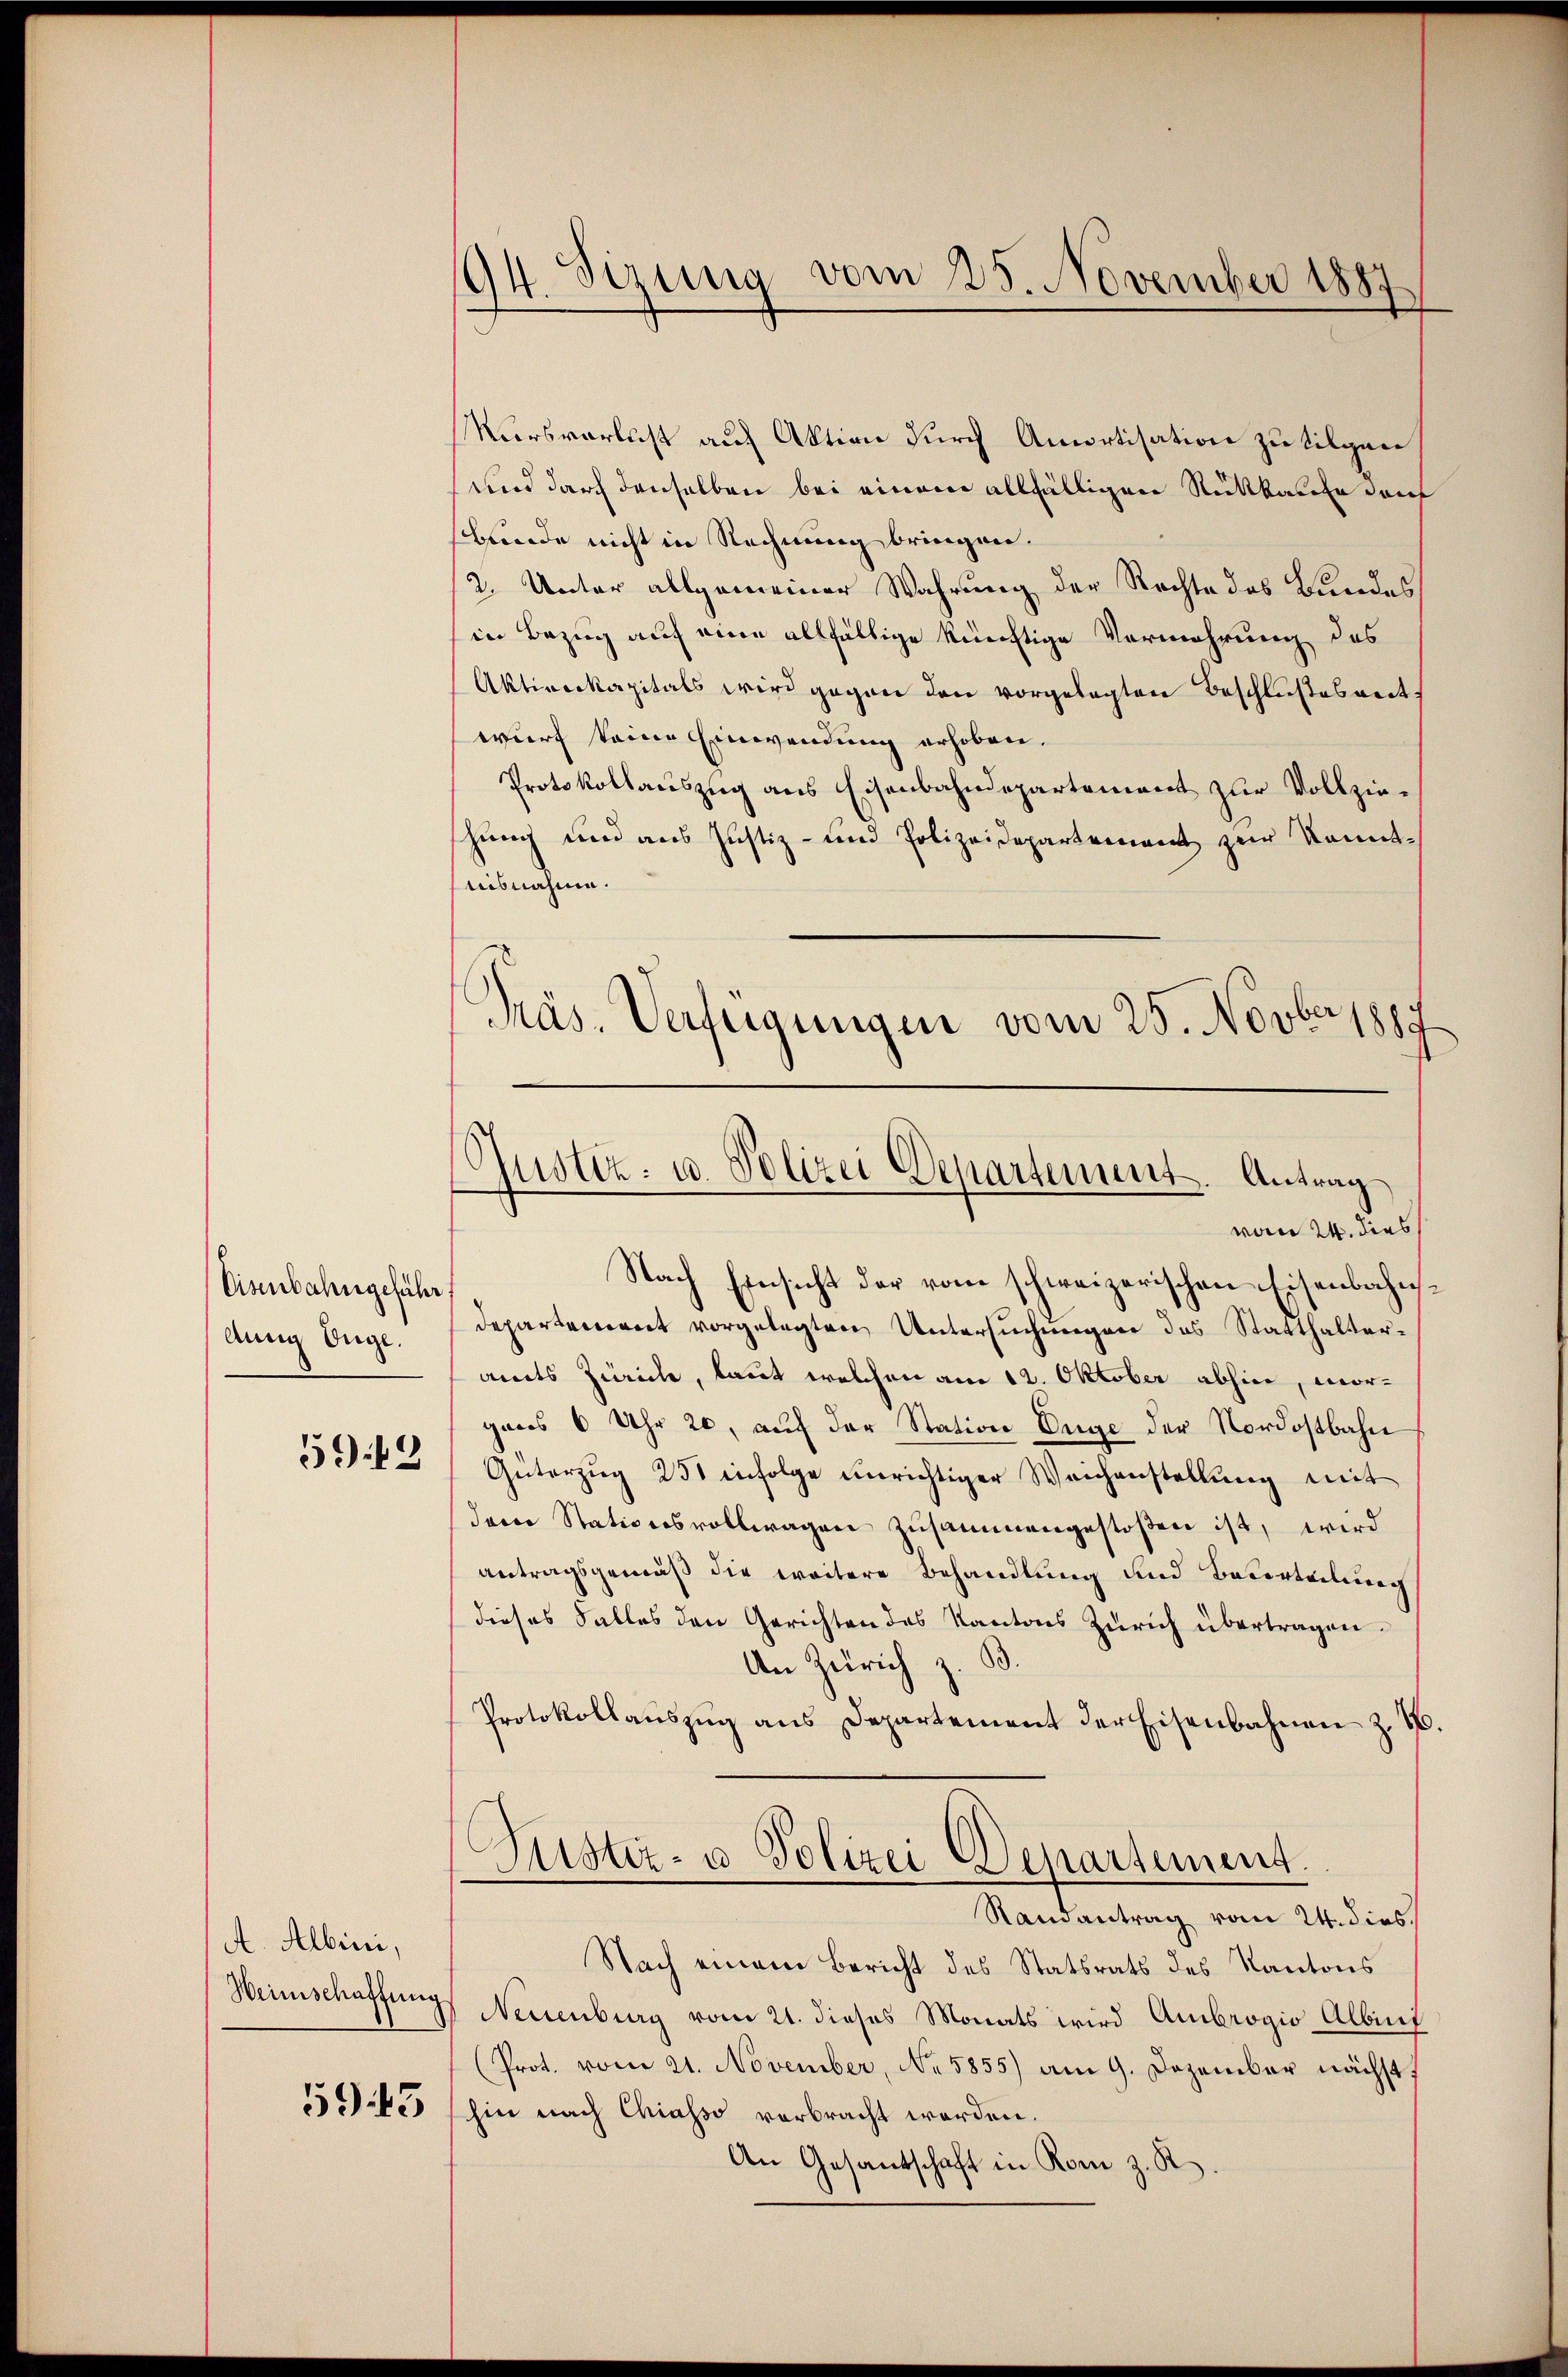
Eisenbahngeführ
Aun Enge.

5949

A. Albini,
Weinschaffung

5943

Sizung vom 25. November 1887
94.

Präs. Verfügungen vom 25. Novbr 187
Justiz- u. Polizei Departement. Antrag
.
vom 24. dies

Nursverlust auf Aktion durch Amortisation zu tilgen
und durch denselben bei einem allfälligen Rückkaufe dan
bunde nicht in Rechnung bringen.
2. Unter allgemeiner Wahrung der Rechte des Bundes
in Bezug auf eine allfällige künftige Vermehrung des
Aktionskapitals wird gegen den vorgelegten Beschlußesentwurf keine Einwendung erhoben.
Protokollauszug aus Eisenbahndepartement zur Vollzieschung und aus Justiz- und Polizeidepartement zur Kenntteisnahme.
Nach Einsicht der vom schweizerischen Eisenbahns¬
Departement vorgelegten Untersuchungen das Statthalteramts Zürich, laut welchen am 12. Oktober abhin, morgens 6 Uhr 20, auf der Station Enge der Nordostbahn
Güterzŭg 251 infolge unrichtiger Weichenstellŭng mit
dem Stationsvollwagen zusammengestoßen ist, wird
antragsgemäß die weitere Behandlung und Beurteilung
dieses Falles den Gerichten des Kantons Zürich übertragen.
An Zürich z. B.
Protokollauszug aus Departement der Eisenbahnen z. B.
Justiz- u Polizei Departement.
Randantrag vom 24. dies
Nach einem Bericht des Statsrats des Kantons
Neuenburg vom 21. dieses Monats wird Ambrogio Albini
(Prot. vom 21. November, No. 5855) am 9. Dezember nächst,
hin nach Chiasso verbracht worden.
An Gesantschaft in Rom z. R.